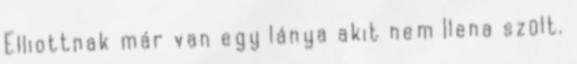
Elliottnak már van egy lánya akit nem Ilena szült.